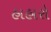
હાહારો